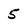
Character: 5